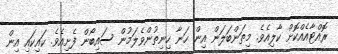
ރޮއްޓާއެއްކޮށް ކާލިއެވެ. މިތަންބަލަން އިން ހަނާ ހިނިތުންވެލަމުން ސައިބޯން ފެށިއެވެ. ކައިކައި އިން